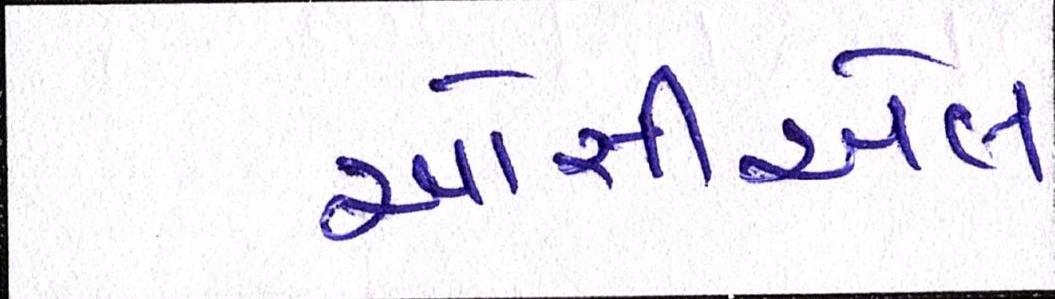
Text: ઓસીએલ